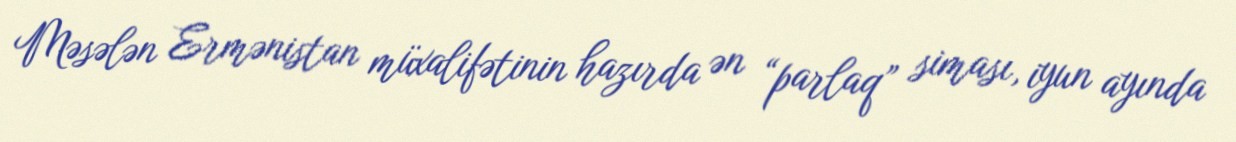
Məsələn Ermənistan müxalifətinin hazırda ən “parlaq” siması, iyun ayında